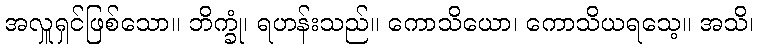
အလှူရှင်ဖြစ်သော။ ဘိက္ခုံ၊ ရဟန်းသည်။ ကောသိယော၊ ကောသိယရသေ့။ အသိ၊